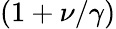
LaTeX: (1+\nu/\gamma)